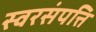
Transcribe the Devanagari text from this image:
स्वरसंपत्ति